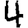
Digit: 4